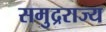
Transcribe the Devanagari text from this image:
समुद्रराज्य